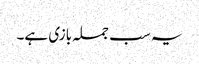
یہ سب جملہ بازی ہے۔